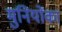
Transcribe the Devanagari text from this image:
मुनियोंका